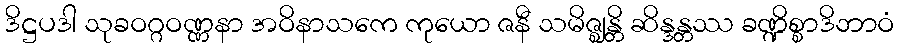
ဒိဋ္ဌပဒါ သုခဝဂ္ဂဝဏ္ဏနာ အဝိနာသကေ ကုယော ဇနီ သမိဇ္ဈန္တိ ဆိန္ဒန္တဿ ခဏ္ဍိစ္စာဒိဘာဝံ